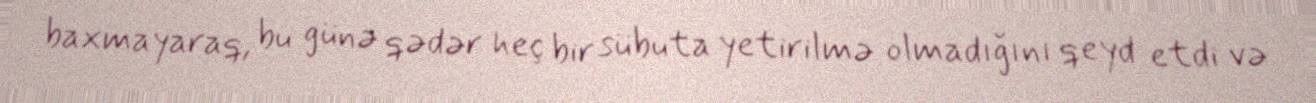
baxmayaraq, bu günə qədər heç bir sübuta yetirilmə olmadığını qeyd etdi və